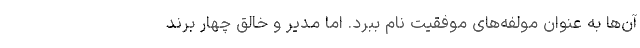
آن‌ها به عنوان مولفه‌های موفقیت نام ببرد. اما مدیر و خالق چهار برند